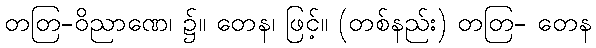
တတြ-ဝိညာဏေ၊ ၌။ တေန၊ ဖြင့်။ (တစ်နည်း) တတြ- တေန